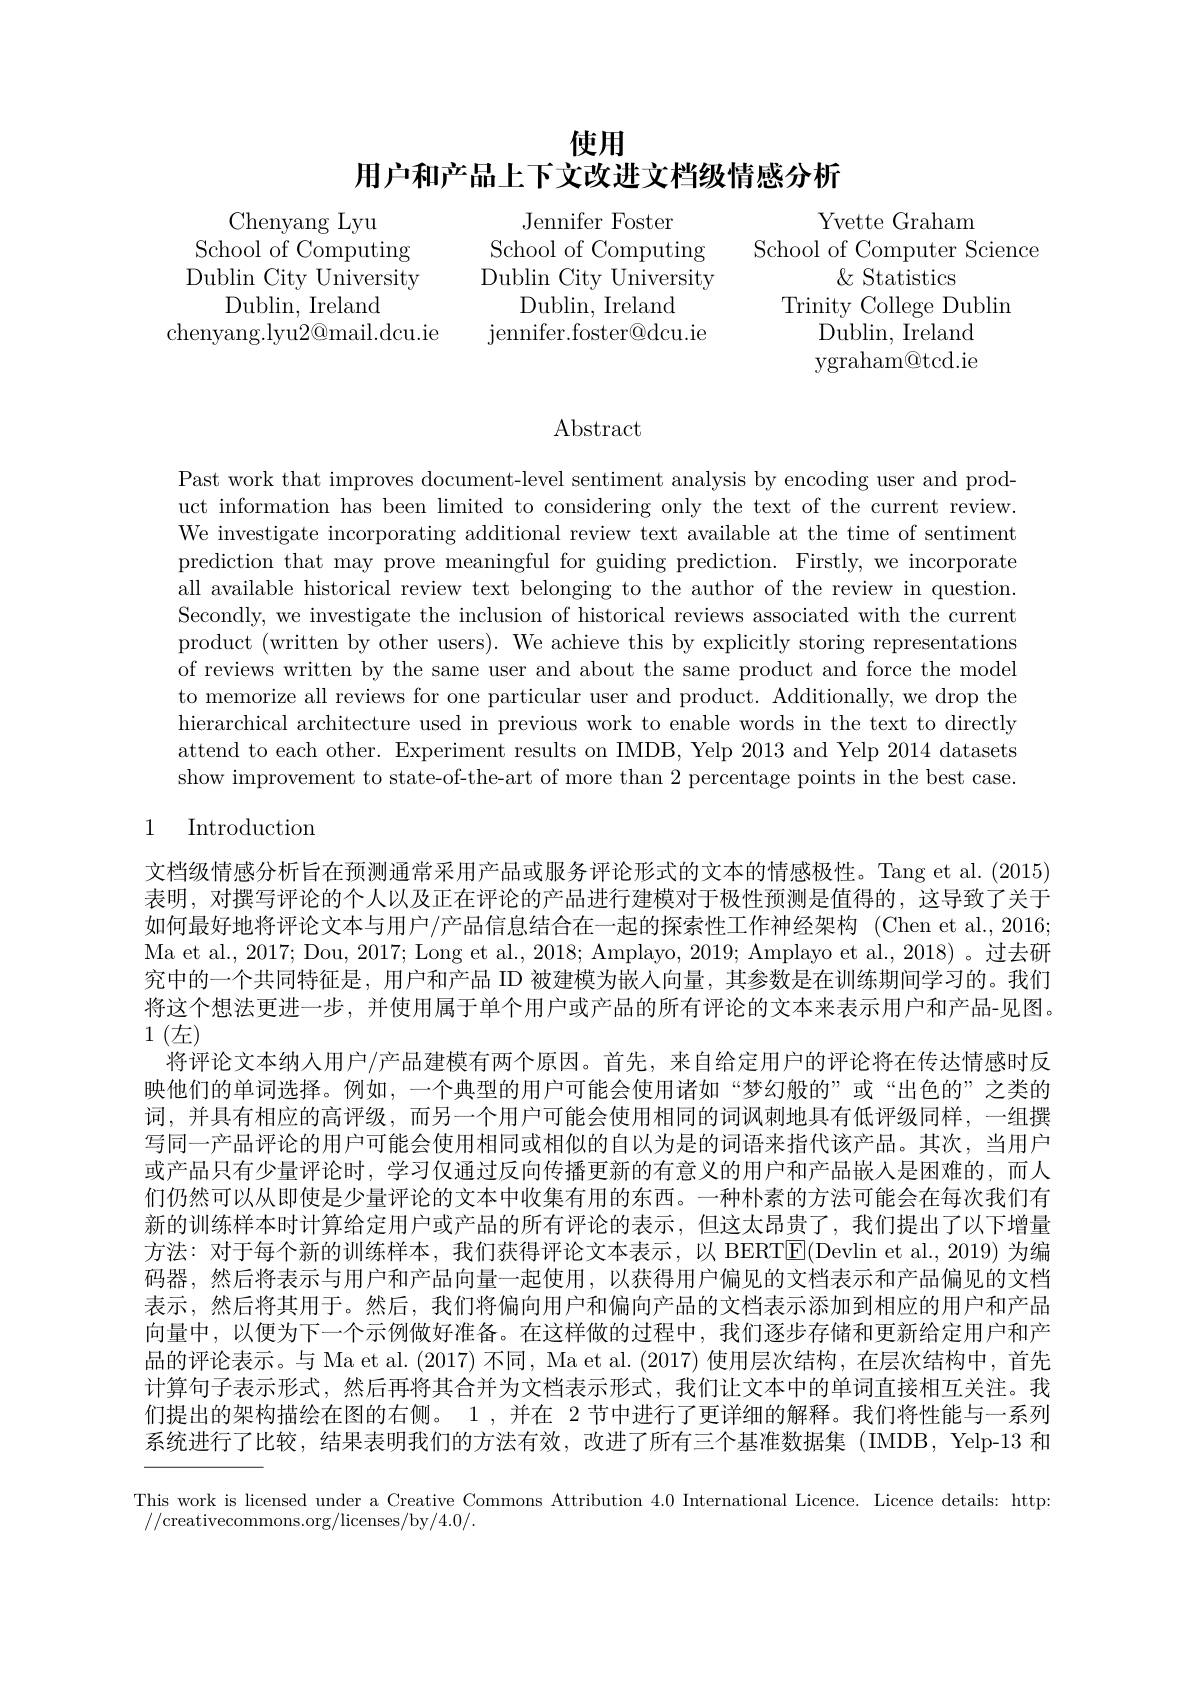
# 使用
用户和产品上下文改进文档级情感分析

Jennifer Foster Dublin, Ireland

Chenyang Lyu
School of Computing School of Computing School of Computer Science
Dublin City University Dublin City University
Dublin, Ireland
chenyang.lyu2@mail.dcu.ie jennifer.foster@dcu.ie

Yvette Graham $\&$ Statistics
Trinity College Dublin
Dublin, Ireland ygraham@tcd.ie

Abstract

Past work that improves document-level sentiment analysis by encoding user and product information has been limited to considering only the text of the current review. We investigate incorporating additional review text available at the time of sentiment prediction that may prove meaningful for guiding prediction. Firstly, we incorporate all available historical review text belonging to the author of the review in question. Secondly, we investigate the inclusion of historical reviews associated with the current product (written by other users). We achieve this by explicitly storing representations of reviews written by the same user and about the same product and force the model to memorize all reviews for one particular user and product. Additionally, we drop the hierarchical architecture used in previous work to enable words in the text to directly attend to each other. Experiment results on IMDB, Yelp 2013 and Yelp 2014 datasets show improvement to state-of-the-art of more than 2 percentage points in the best case.

### 1 Introduction

将这个想法更进一步，并使用属于单个用户或产品的所有评论的文本来表示用户和产品-见图。
1(左)

文档级情感分析旨在预测通常采用产品或服务评论形式的文本的情感极性。Tang et al. (2015) 表明，对撰写评论的个人以及正在评论的产品进行建模对于极性预测是值得的，这导致了关于如何最好地将评论文本与用户/产品信息结合在一起的探索性工作神经架构 (Chen et al.,2016; Ma et al., 2017; Dou, 2017; Long et al., 2018; Amplayo, 2019; Amplayo et al., 2018) 。过去研究中的一个共同特征是，用户和产品 ID 被建模为嵌人向量，其参数是在训练期间学习的。我们将评论文本纳人用户/产品建模有两个原因。首先，来自给定用户的评论将在传达情感时反映他们的单词选择。例如，一个典型的用户可能会使用诸如“梦幻般的”或“出色的”之类的词，并具有相应的高评级，而另一个用户可能会使用相同的词讽刺地具有低评级同样，一组撰写同一产品评论的用户可能会使用相同或相似的自以为是的词语来指代该产品。其次，当用户或产品只有少量评论时，学习仅通过反向传播更新的有意义的用户和产品嵌入是困难的，而人们仍然可以从即使是少量评论的文本中收集有用的东西。一种朴素的方法可能会在每次我们有新的训练样本时计算给定用户或产品的所有评论的表示，但这太昂贵了，我们提出了以下增量方法：对于每个新的训练样本，我们获得评论文本表示，以 BERTE(Devlin et al.,2019)为编码器，然后将表示与用户和产品向量一起使用，以获得用户偏见的文档表示和产品偏见的文档表示，然后将其用于。然后，我们将偏向用户和偏向产品的文档表示添加到相应的用户和产品向量中，以便为下一个示例做好准备。在这样做的过程中，我们逐步存储和更新给定用户和产品的评论表示。与 Ma et al. (2017) 不同，Ma et al. (2017) 使用层次结构，在层次结构中，首先计算句子表示形式，然后再将其合并为文档表示形式，我们让文本中的单词直接相互关注。我们提出的架构描绘在图的右侧。1 , 并在 2 节中进行了更详细的解释。我们将性能与一系列系统进行了比较，结果表明我们的方法有效，改进了所有三个基准数据集(IMDB,Yelp-13 和

This work is licensed under a Creative Commons Attribution 4.0 International Licence. Licence details: http:
//creativecommons.org/licenses/by/4.0/.